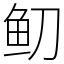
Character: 鱽